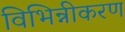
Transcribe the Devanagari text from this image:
विभिन्नीकरण